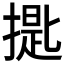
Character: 𱠪